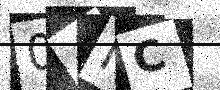
Text: 0ANC